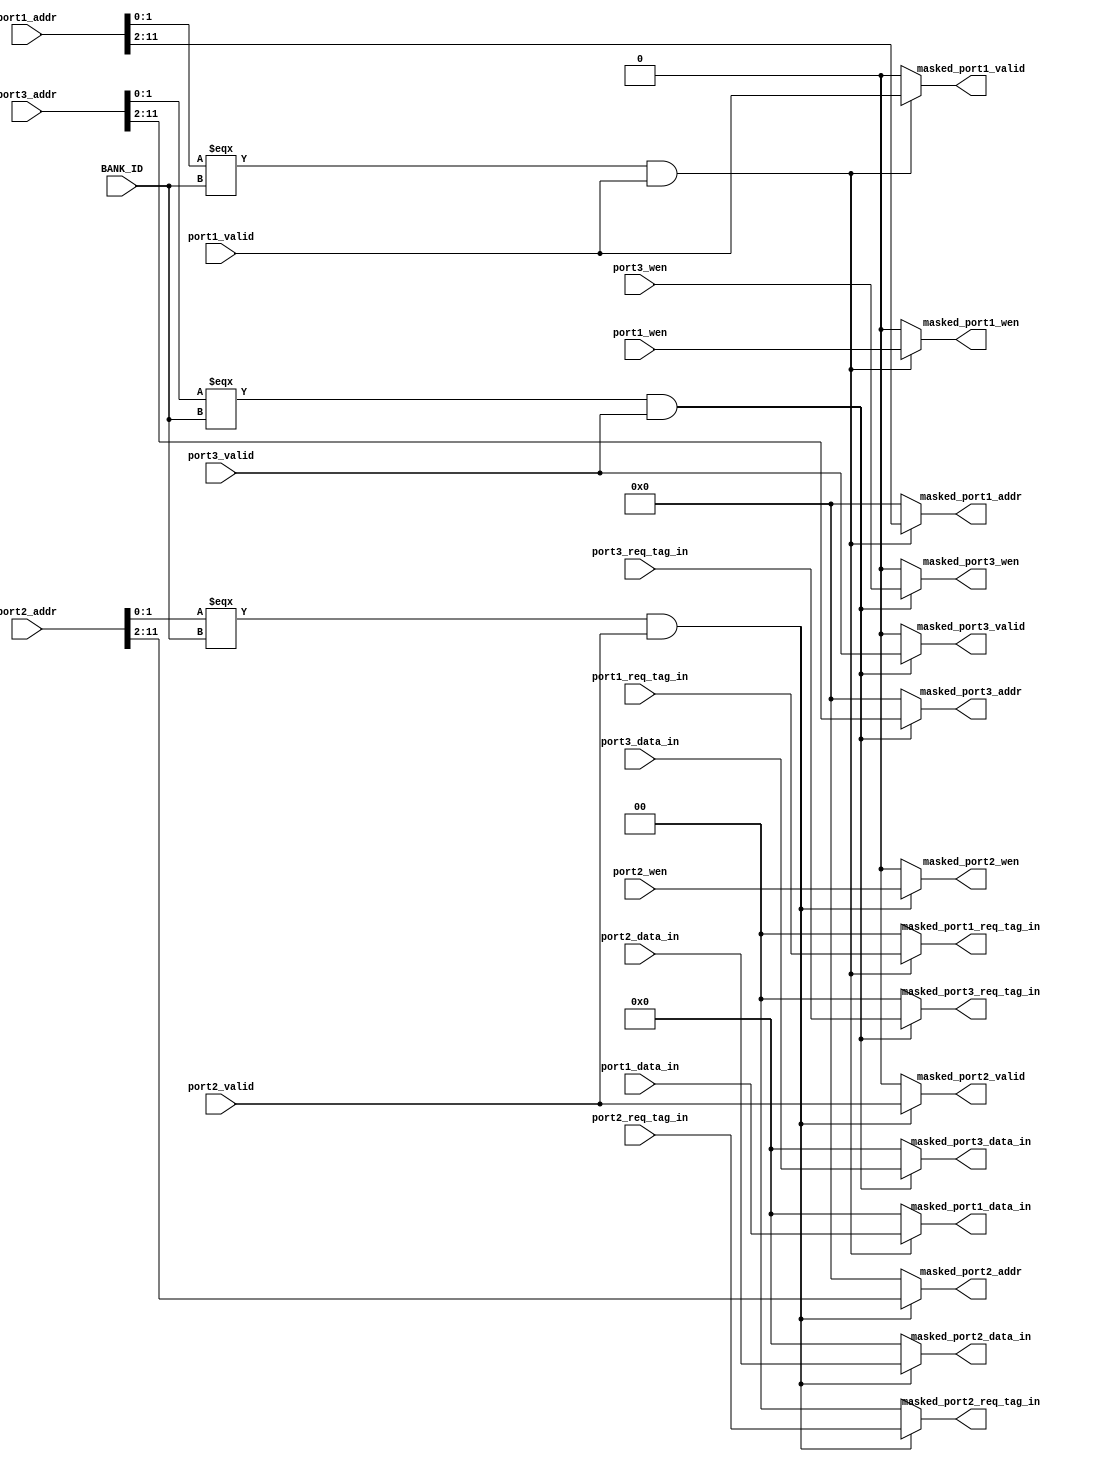
module validity_mask(
    input   wire    [1:0]       BANK_ID,

    input   wire    [1:0]       port1_req_tag_in,
    input   wire    [1:0]       port2_req_tag_in,
    input   wire    [1:0]       port3_req_tag_in,

    input   wire    [11:0]      port1_addr,
    input   wire    [11:0]      port2_addr,
    input   wire    [11:0]      port3_addr,

    input   wire    [15:0]      port1_data_in,
    input   wire    [15:0]      port2_data_in,
    input   wire    [15:0]      port3_data_in,

    input   wire    [0:0]       port1_wen,
    input   wire    [0:0]       port2_wen,
    input   wire    [0:0]       port3_wen,

    input   wire    [0:0]       port1_valid,
    input   wire    [0:0]       port2_valid,
    input   wire    [0:0]       port3_valid,


    output  reg     [1:0]       masked_port1_req_tag_in,
    output  reg     [1:0]       masked_port2_req_tag_in,
    output  reg     [1:0]       masked_port3_req_tag_in,

    output  reg     [9:0]       masked_port1_addr,
    output  reg     [9:0]       masked_port2_addr,
    output  reg     [9:0]       masked_port3_addr,

    output  reg     [15:0]      masked_port1_data_in,
    output  reg     [15:0]      masked_port2_data_in,
    output  reg     [15:0]      masked_port3_data_in,

    output  reg     [0:0]       masked_port1_wen,
    output  reg     [0:0]       masked_port2_wen,
    output  reg     [0:0]       masked_port3_wen,

    output  reg     [0:0]       masked_port1_valid,
    output  reg     [0:0]       masked_port2_valid,
    output  reg     [0:0]       masked_port3_valid
);

wire port1_match = (port1_addr[1:0] === BANK_ID) & port1_valid;
wire port2_match = (port2_addr[1:0] === BANK_ID) & port2_valid;
wire port3_match = (port3_addr[1:0] === BANK_ID) & port3_valid;


always @ (*) begin
    
    case (port1_match)
        1'b1        :   begin
            masked_port1_req_tag_in = port1_req_tag_in;
            masked_port1_addr       = port1_addr[11:2];   
            masked_port1_data_in    = port1_data_in;
            masked_port1_wen        = port1_wen;
            masked_port1_valid      = port1_valid;  
        end    

        default     :   begin
            masked_port1_req_tag_in = 0;
            masked_port1_addr       = 0;
            masked_port1_data_in    = 0;
            masked_port1_wen        = 0;
            masked_port1_valid      = 0;
        end 
        
    endcase

    case (port2_match)
        1'b1        :   begin
            masked_port2_req_tag_in = port2_req_tag_in;
            masked_port2_addr       = port2_addr[11:2];   
            masked_port2_data_in    = port2_data_in;
            masked_port2_wen        = port2_wen;
            masked_port2_valid      = port2_valid;  
        end    

        default     :   begin
            masked_port2_req_tag_in = 0;
            masked_port2_addr       = 0;
            masked_port2_data_in    = 0;
            masked_port2_wen        = 0;
            masked_port2_valid      = 0;
        end 
        
    endcase

    case (port3_match)
        1'b1        :   begin
            masked_port3_req_tag_in = port3_req_tag_in;
            masked_port3_addr       = port3_addr[11:2];   
            masked_port3_data_in    = port3_data_in;
            masked_port3_wen        = port3_wen;
            masked_port3_valid      = port3_valid;  
        end    

        default     :   begin
            masked_port3_req_tag_in = 0;
            masked_port3_addr       = 0;
            masked_port3_data_in    = 0;
            masked_port3_wen        = 0;
            masked_port3_valid      = 0;
        end 
        
    endcase

end
    
endmodule